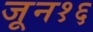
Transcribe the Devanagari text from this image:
जून१६